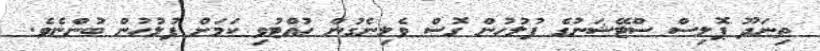
ތިނަދޫ ޕޮލިސް ސްޓޭޝަނުގެ ފުލުހުން ގޮސް ވެލިނެގުން ހުއްޓުވި ކަމަށް ފުލުހުން ބުންޏެވެ.